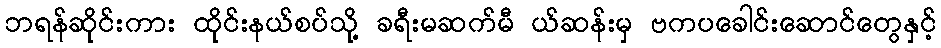
ဘရန်ဆိုင်းကား ထိုင်းနယ်စပ်သို့ ခရီးမဆက်မီ ယ်ဆန်းမှ ဗကပခေါင်းဆောင်တွေနှင့်